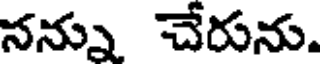
నన్ను చేరును.